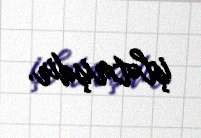
işlətmişdir.